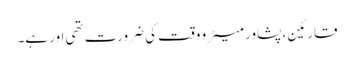
قارئین، پشاور میٹرو وقت کی ضرورت تھی اور ہے۔